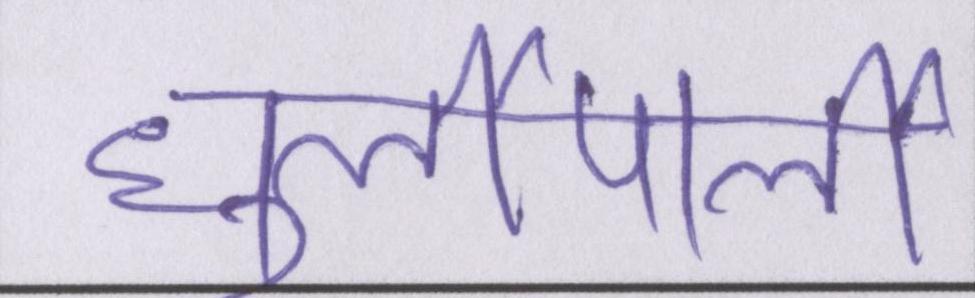
धुर्लीपार्ली